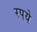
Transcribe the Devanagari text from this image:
रपये